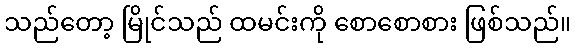
သည်တော့ မြိုင်သည် ထမင်းကို စောစောစား ဖြစ်သည်။